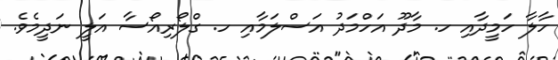
ހާލާ ހަމީދާއި ހ. މާދޫ އަހްމަދު އަސްލަމާއި ހ. ގްލޯރިއޯސާ އަލީ ނަދީމެވެ.